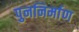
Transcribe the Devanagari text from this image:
पुननिर्माण